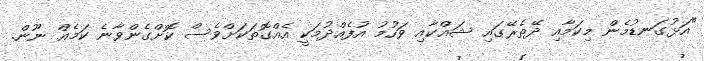
"އަޅުގަނޑުމެން މިކަމާއި ދޭތެރޭގައި ޝައްކާއި ވަހުމު އުފެއްދުމަކީ އެއްގޮތަކަށްވެސް ކޮށްގެންވާނެ ކަމެއް ނޫން.